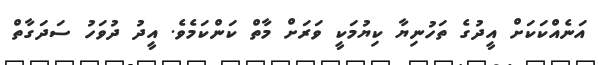
އަނެއްކަކަށް އީދުގެ ތަހުނިޔާ ކިޔުމަކީ ވަރަށް މާތް ކަންކަމެވެ. އީދު ދުވަހު ސަދަގާތް